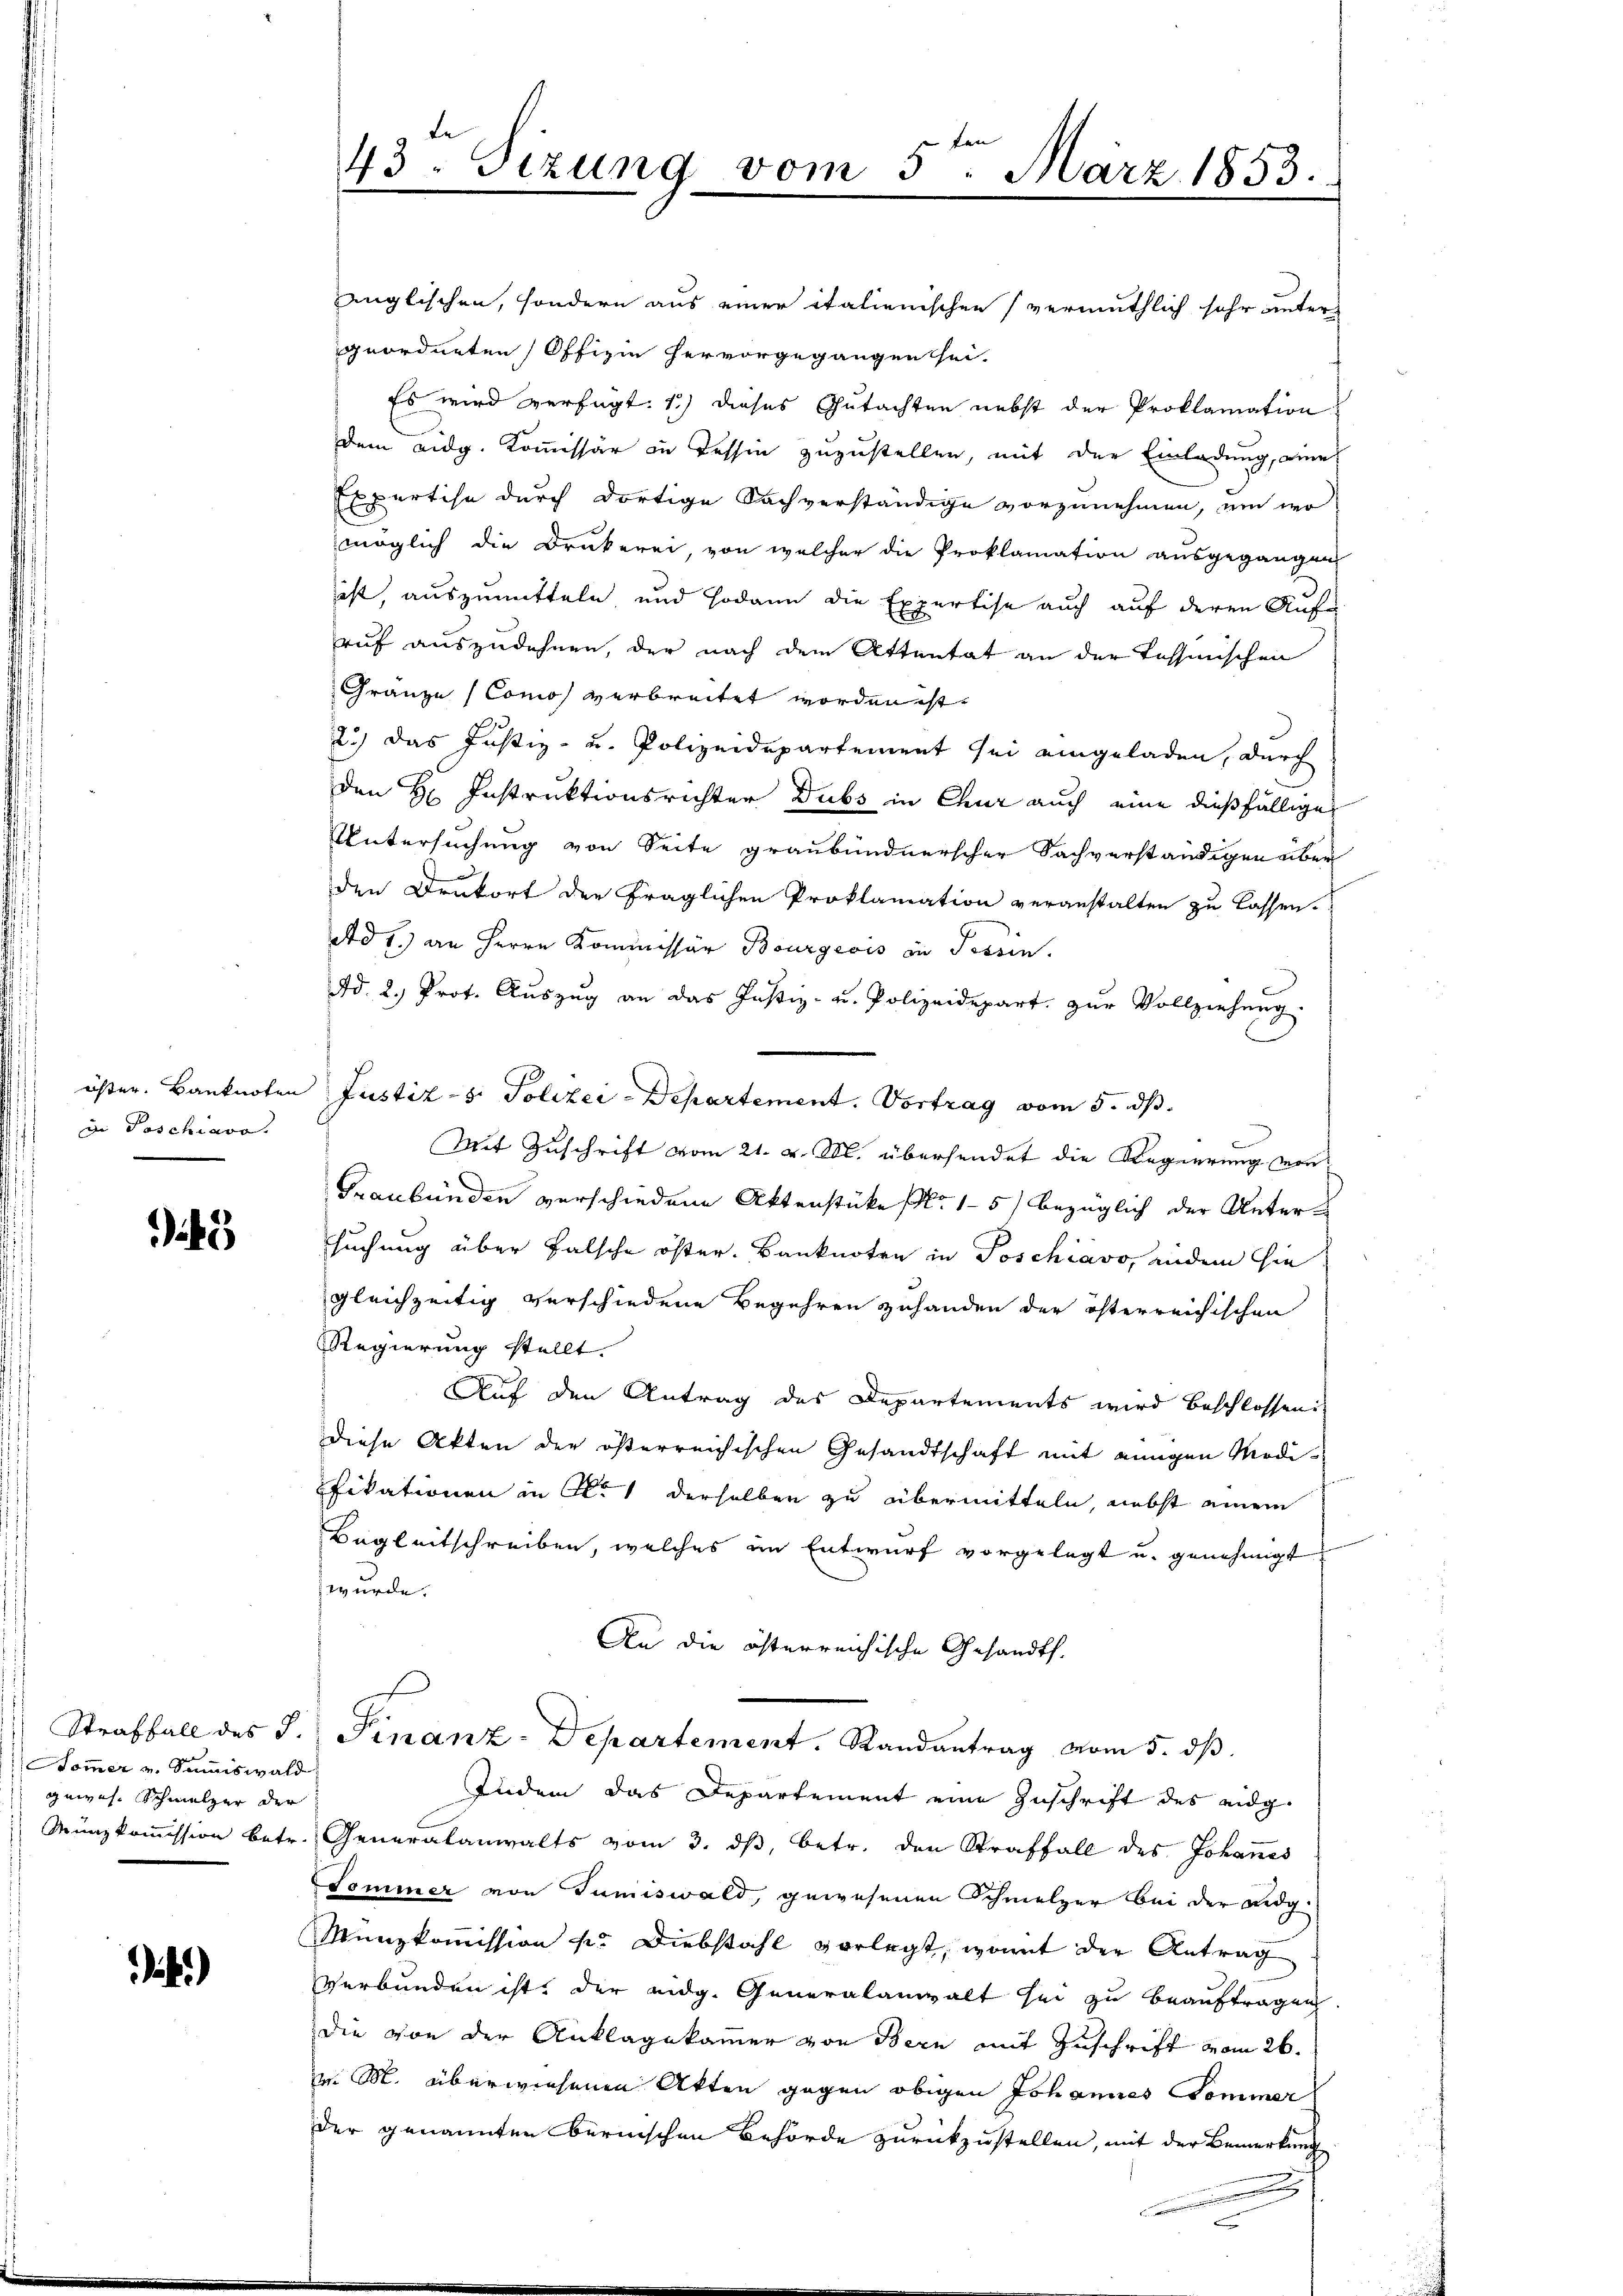
i Poschiavo.

3

Som̅er u. Summiswald
gewes. Schmelzer der

i.)

43. Sizung vom 5ten März 1853.
1

englischen, sondern aus einer italienischen (vermuthlich sehr unter-
geordneten Offizie hervorgegangen sei.
Es wird verfügt: 1) dieses Gutachten nebst der Proklamation
dem eidg. Kommissär in Tessin zuzustellen, mit der Einladung, eine
Expertise durch dortige Dachverständige vorzunehmen, um wo
möglich die Drukerei, von welcher die Proklamation ausgegangen
ist, auszumitteln und sodann die Expertise auch auf deren Aufe
ruf auszudehnen, der nach dem Attentat an der Tessinischen
Gränze (Comos verbreitet worden ist,
2.) das Justiz- und Polizeidepartement sei eingeladen, durch
den H. Instruktionsrichter Dubs in Chur auch eine dießfällige
Untersuchung von Seite graubündnerscher Sachverständigen über
den Drukort der fraglichen Proklamation veranstalten zu lassen.
Ad 1) an Herrn Kommissär Bourgeois in Tessin.
Ad. 2. Prot. Auszug an das Justiz- u. Polizeidepart. zur Vollziehung.
öster. Banknoten Justiz-8. Polizei-Departement. Vortrag vom 5. ds.
Mit Zuschrift vom 21. v. M. übersendet die Regierung von
Graubünden verschiedene Aktenstücke No 15) bezüglich der Untersuchung über falsche öster. Banknoten in Poschiavo, indem sie
gleichzeitig verschiedene Begehren zuhanden der österreichischen
Regierung stellt.
Auf den Antrag des Departements wird beschlossen
Diese Akten der österreichischen Gesandtschaft mit einigen Modifikationen in Al. 1 derselben zu übermitteln, nebst einem
Begleitschreiben, welches im Entwurf vorgelegt u. genehmigt
wurde.
An die österreichische Gesandt.
Straffall des J. Finanz-Departement. Randantrag vom 5. dβ
Indem das Departement eine Zuschrift des eidg.
Münzkoṁission betr. Generalanwalts vom 3. dβ, betr. den Straffall des Johannes
Pommer von Tumiswald, gewesenen Schmelzer bei der Lidg.
Münzkommission pr. Diebstahl vorlegt, womit der Antrag
Verbunden ist, der eidg. Generalanwalt sei zu beauftragen
die von der Anklagekammer von Bern mit Zuschrift vom 26.
in M. überwiesenen Akten gegen obigen Johannes Sommer
der genannten bernischen Behörde zurückzustellen, mit der Bemerkung
a

s